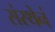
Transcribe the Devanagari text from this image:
संस्थेनं